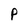
Character: P